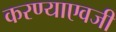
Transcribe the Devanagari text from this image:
करण्याएवजी